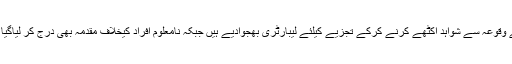
جائے وقوعہ سے شواہد اکٹھے کرنے کرکے تجزیے کیلئے لیبارٹری بھجوادیے ہیں جبکہ نامعلوم افراد کیخلاف مقدمہ بھی درج کر لیاگیا ہے ۔